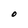
Character: O